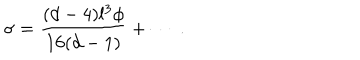
\sigma = \frac { ( d - 4 ) l ^ { 3 } \phi } { 1 6 ( d - 1 ) } + \cdots ~ .